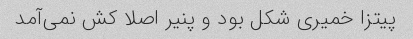
پیتزا خمیری شکل بود و پنیر اصلا کش نمی‌آمد